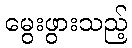
မွေးဖွားသည့်